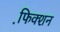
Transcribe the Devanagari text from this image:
फि़क्शन